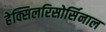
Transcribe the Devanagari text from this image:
हेक्सिलरिसोर्सिनाल